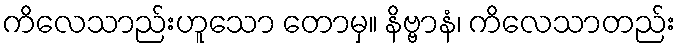
ကိလေသာည်းဟူသော တောမှ။ နိဗ္ဗာနံ၊ ကိလေသာတည်း